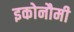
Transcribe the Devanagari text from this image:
इकोनौमी